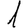
Digit: 1